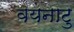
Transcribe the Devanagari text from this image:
वयनाटु